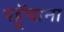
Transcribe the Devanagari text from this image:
पहूॅचाना